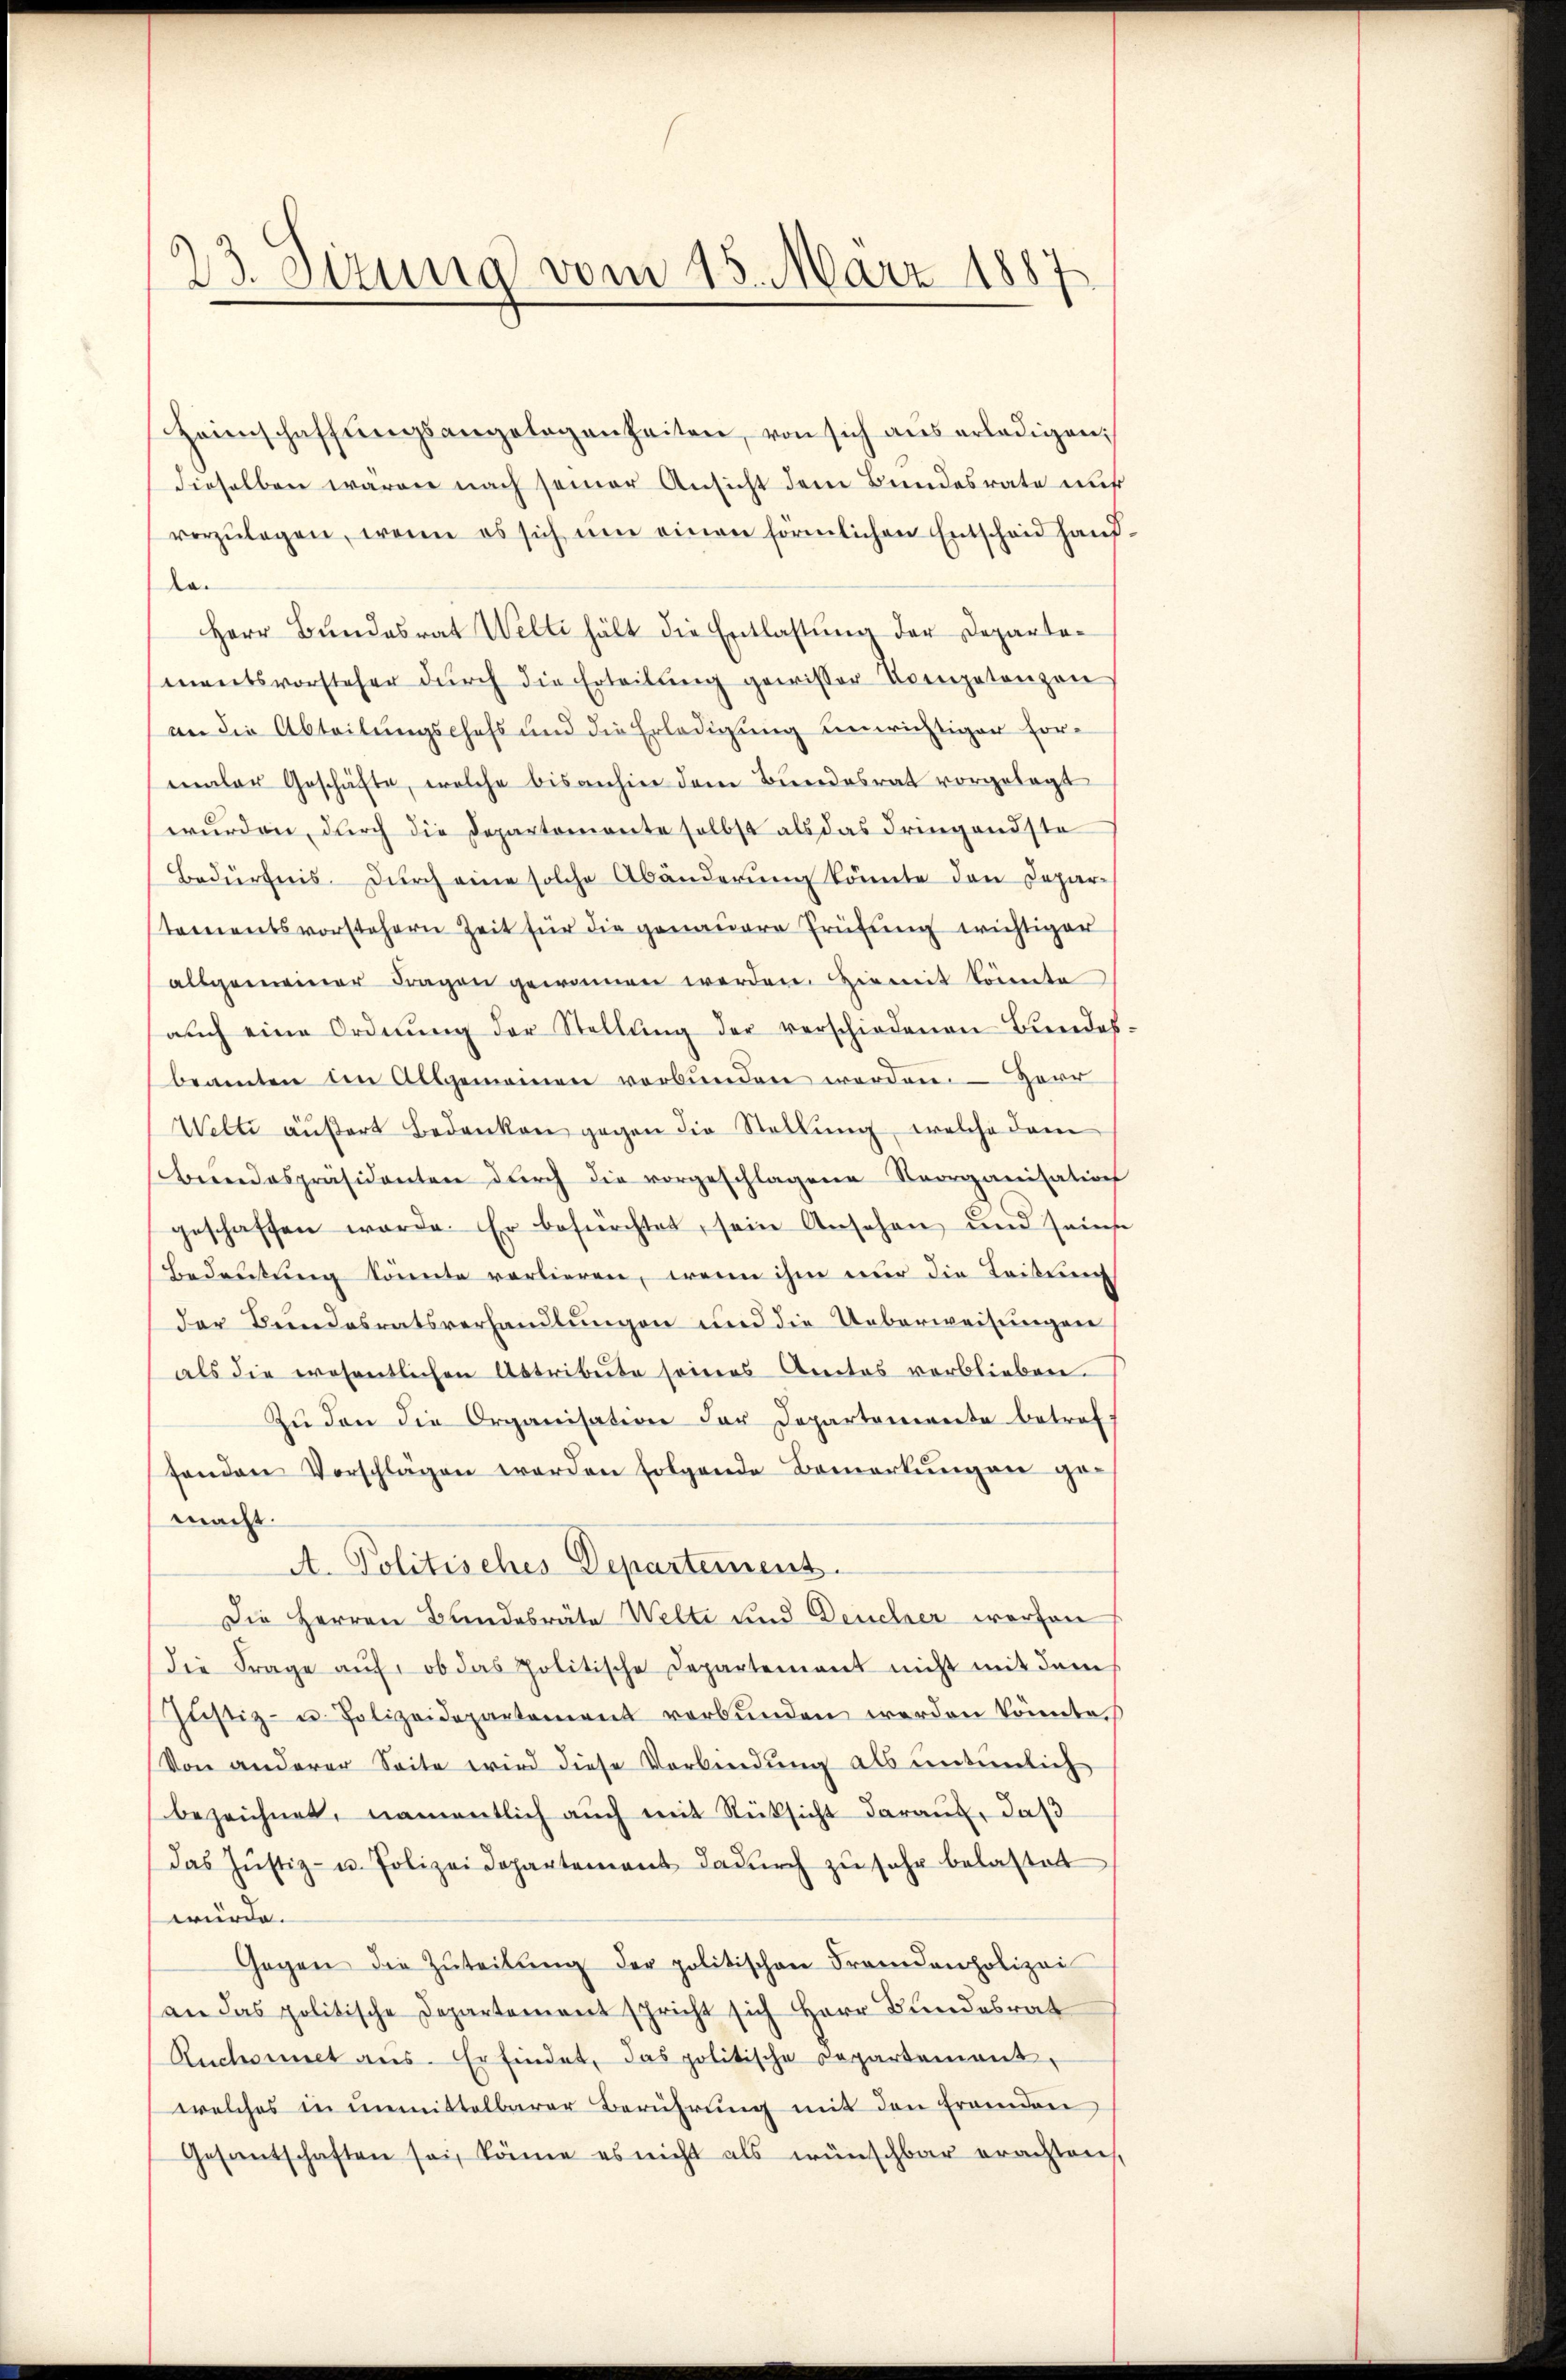
23. Sizung vom 15. März 1887

Heimschaffungsangelegenheiten, von sich aus erledigen;
dieselben wären nach seiner Ansicht dem Bundesrate auß
vorzŭlagen, wenn es sich um einen förmlichen Entscheid hand
Aa.
Herr Bŭndesrat Welti hält die Entlastŭng der Departementsvorsteher dŭrch die Erteilŭng gewisser Competenzen
an die Abteilungschaft und die Erledigung unrichtiger Formaler Geschäfte, welche bisanhin dem Bundesrat vorgelegt
wurden, durch die Departemente selbst als das dringendste
Bedürfnis. Durch eine solche Abänderung könnte den Deparstementsvorstehern Zeit für die genauere Prüfung wichtiger
allgemeiner Fragen gewonnen werden. Hiemit könnte
aŭch eine Ordnŭng der Stellŭng der verschiedenen Bundes
beamten im Allgemeinen verbŭnden werden. Herr
Welti äußert Bedenken gegen die Stellŭng, welche dam
Bundespräsidenten dŭrch die vorgeschlagene Reorganisations
geschaffen werde. Er befürchtet, sein Ansehen und seine
Bedeutung könnte vorlieren, wenn ihne nur die Leitun
der Bundesratsverhandlungen und die Ueberweisungen
als die wesentlichen Abtribuite seines Arectes verblieben.
Zŭ den die Organisation der Departonierte betref-
fenden Vorschlägen werden folgende Bemerkungen gemacht.
A. Politisches Departement.
Die Herren Bandesräte Welte und Deucher werden
die Frage auf, ob das politische Departement nicht mit dem
Jŭstiz- u. Polizeidepartement verbunden werden könnte.
Von anderer Seite wird diese Verbindung als untenlich
bezeichnet, namentlich aŭch mit Rüksicht daraŭf, daß
das Jŭstiz- u. Polizeidepartement dadŭrch zŭ sehr belastet
würde.
Gegen die Zŭteilŭng der politischen Fremdenpolizei
an das politische Departement spricht sich Herr Bundesrat
Ruchornet aus. Er findet, das politische Departement,
welches in unmittelbarer Berührung mit den fremden
Gesantschaften sei, könne es nicht als wünschbar erachten